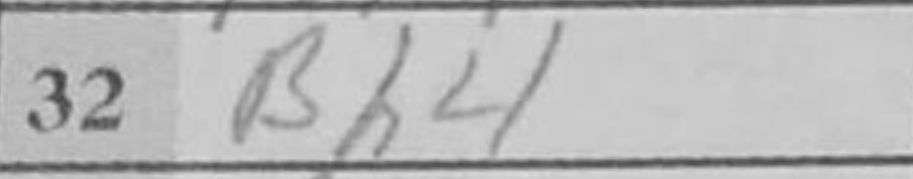
Transcription: Bh4